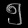
Digit: ၅